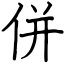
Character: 併